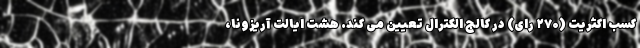
کسب اکثریت (۲۷۰ رای) در کالج الکترال تعیین می کند. هشت ایالت آریزونا،